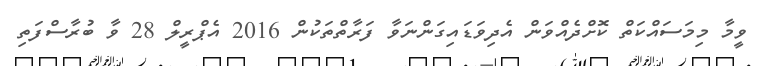
ވީމާ މިމަސައްކަތް ކޮށްދެއްވަން އެދިވަޑައިގަންނަވާ ފަރާތްތަކުން 2016 އެޕްރީލް 28 ވާ ބުރާސްފަތި